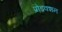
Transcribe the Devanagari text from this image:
प्रो़डक्शन